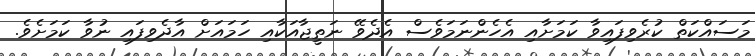
މަސައްކަތް ކުރެވިފައިވާ ކަމަށާއި އެހެންނަމަވެސް އެދެވޭ ނަތީޖާއަކާއި ހަމައަށް އާދެވިފައި ނުވާ ކަމަށެވެ.